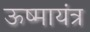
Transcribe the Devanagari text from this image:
ऊष्मायंत्र